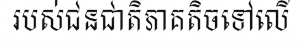
របស់ជនជាតិភាគតិចទៅលើ